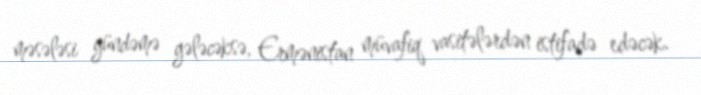
məsələsi gündəmə gələcəksə, Ermənistan müvafiq vasitələrdən istifadə edəcək.